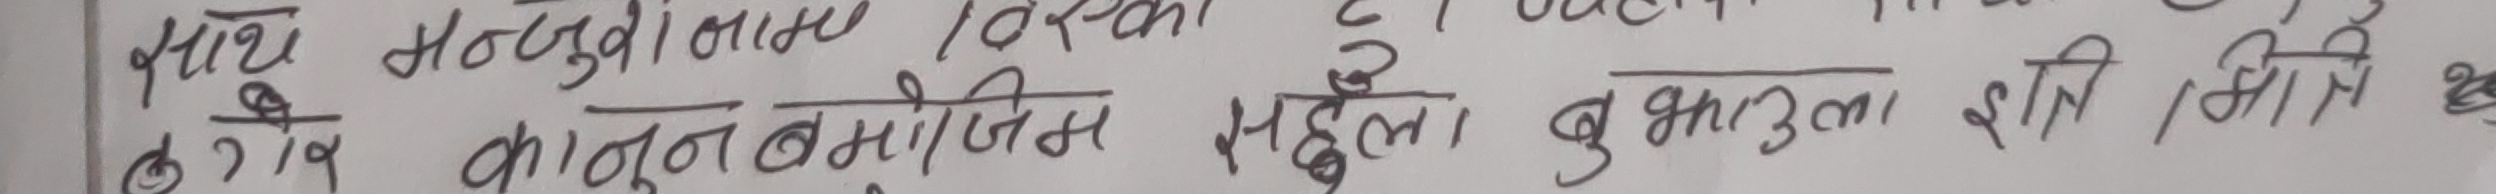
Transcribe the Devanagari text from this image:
साथ मन्जुरी भएका छन ।
क) के कानून बमोजिम महिला बुझौला शशी। भनी झारौं।